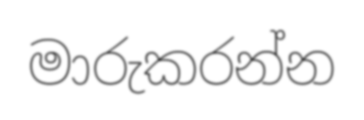
මාරුකරන්න